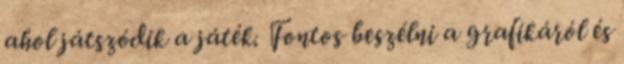
ahol játszódik a játék. Fontos beszélni a grafikáról és